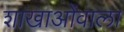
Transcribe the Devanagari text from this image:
शाखाओंवाला